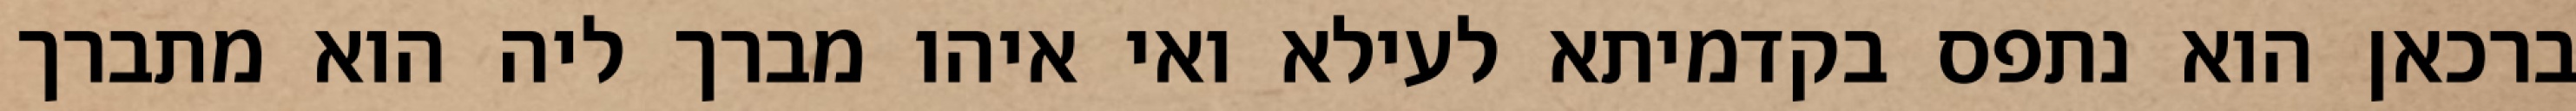
ברכאן הוא נתפס בקדמיתא לעילא ואי איהו מברך ליה הוא מתברך